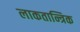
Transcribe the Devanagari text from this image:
लाकतान्त्रिक